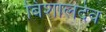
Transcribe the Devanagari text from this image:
बिशालदेव